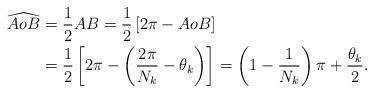
LaTeX: \begin{align*} \widehat{AoB} &= \frac{1}{2}AB =\frac{1}{2}\left[2\pi-AoB\right]\\ &= \frac{1}{2}\left[2\pi - \left(\frac{2\pi}{N_k}-\theta_k\right)\right] =\left(1-\frac{1}{N_k}\right)\pi + \frac{\theta_k}{2}. \end{align*}